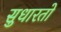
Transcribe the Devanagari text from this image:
सुधारतो